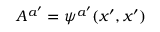
A ^ { a ^ { \prime } } = \psi ^ { a ^ { \prime } } ( x ^ { \prime } , x ^ { \prime } )